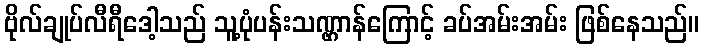
ဗိုလ်ချုပ်လီရီဒေါ့သည် သူ့ပုံပန်းသဏ္ဌာန်ကြောင့် ခပ်အမ်းအမ်း ဖြစ်နေသည်။